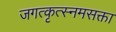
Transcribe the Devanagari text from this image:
जगत्कृत्स्नमसक्ता